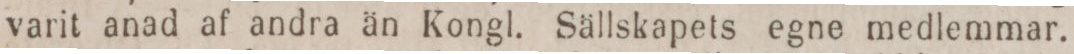
varit anad af andra än Kongl. Sällskapets egne medlemmar.